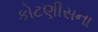
કોટણીસના